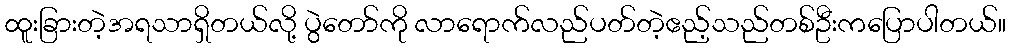
ထူးခြားတဲ့အရသာရှိတယ်လို့ ပွဲတော်ကို လာရောက်လည်ပတ်တဲ့ဧည့်သည်တစ်ဦးကပြောပါတယ်။